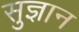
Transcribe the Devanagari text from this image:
सुज्ञान